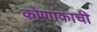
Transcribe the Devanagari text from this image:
कोणांकाची